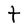
Character: t